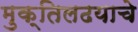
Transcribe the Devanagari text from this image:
मुक्तिलढयाचे